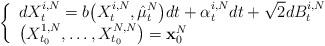
LaTeX: \begin{align*}\left \{ \begin{array}{ll} \displaystyle dX_t^{i,N} =b \bigl(X_t^{i,N}, \hat{\mu}_t^{N} \bigr)dt + \displaystyle \alpha_t^{i,N} dt + \sqrt{2}dB_t^{i,N} \\\bigl(X_{t_0}^{1,N},\dots, X_{t_0}^{N,N} \bigr) =\mathbf{x}^N_0\end{array}\right.\end{align*}